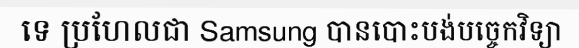
ទេ ប្រហែលជា Samsung បានបោះបង់បច្ចេកវិទ្យា